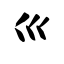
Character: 巛